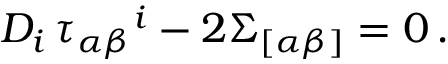
D _ { i } \, \tau _ { \alpha \beta } { } ^ { i } - 2 \Sigma _ { [ \alpha \beta ] } = 0 \, .